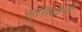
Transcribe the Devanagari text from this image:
गुचियोनी